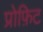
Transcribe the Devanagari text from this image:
प्रोफ़िट